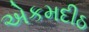
એકમદીઠ